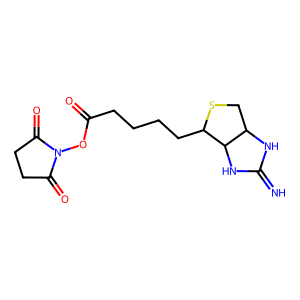
SMILES: N=C1NC2CSC(CCCCC(=O)ON3C(=O)CCC3=O)C2N1
Inhibits HIV replication: No